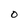
Character: 0